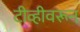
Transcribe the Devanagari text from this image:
टीव्हीवरून